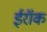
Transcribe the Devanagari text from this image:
ईरॉक